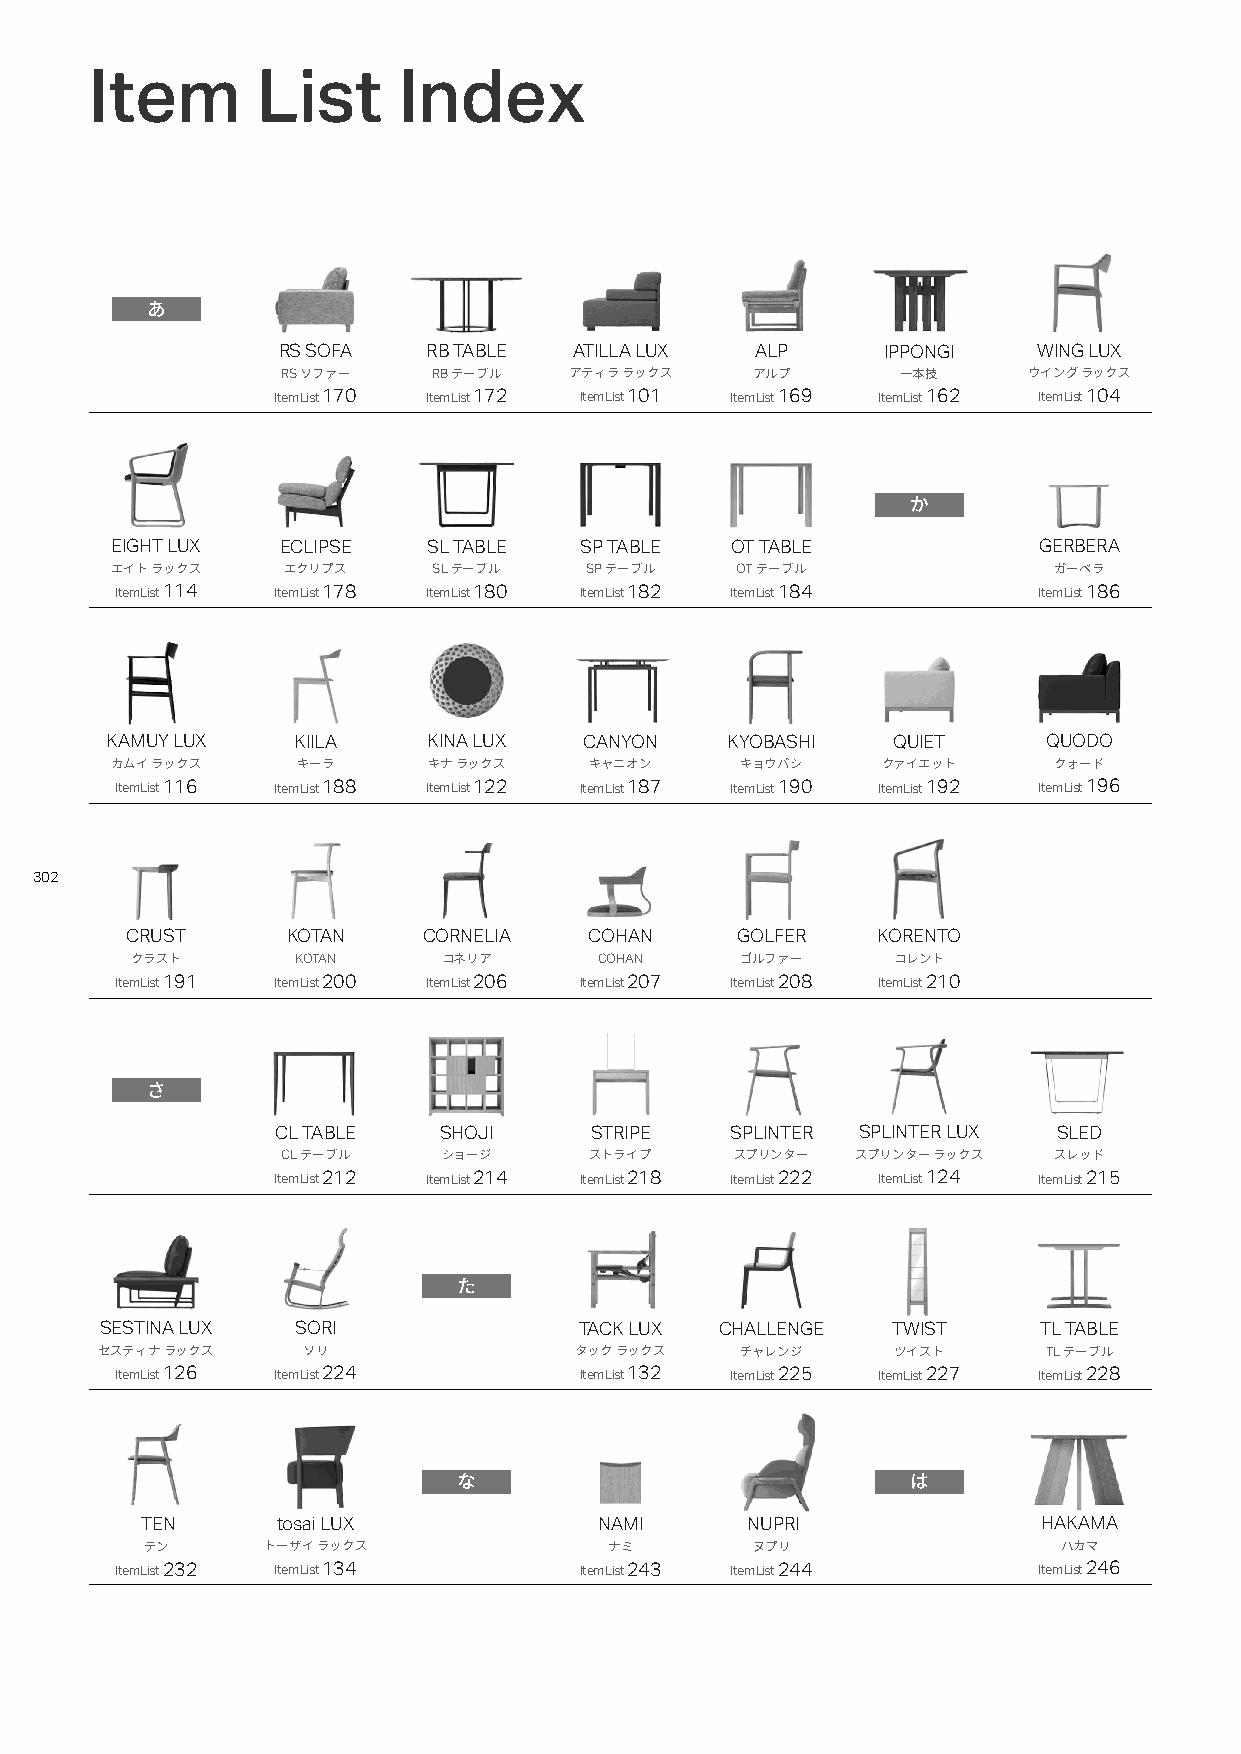
Item       List     Index
 あ
 RS SOFA   RB TABLE  ATILLA LUX  ALP     IPPONGI    WING LUX
 RS ソファー   RB テーブル  アティラ ラックス   アルプ       一本技     ウイング ラックス
 ItemList 170 ItemList 172 ItemList 101 ItemList 169 ItemList 162 ItemList 104
 か
 EIGHT LUX  ECLIPSE   SL TABLE  SP TABLE  OT TABLE             GERBERA
 エイト ラックス    エクリプス     SL テーブル   SP テーブル   OT テーブル              ガーベラ
 ItemList 114 ItemList 178 ItemList 180 ItemList 182 ItemList 184 ItemList 186
 KAMUY LUX   KIILA    KINA LUX   CANYON   KYOBASHI   QUIET     QUODO
 カムイ ラックス     キーラ     キナ ラックス    キャニオン     キョウバシ    クァイエット      クォード
 ItemList 116 ItemList 188 ItemList 122 ItemList 187 ItemList 190 ItemList 192 ItemList 196
 302
 CRUST      KOTAN    CORNELIA   COHAN     GOLFER   KORENTO
 クラスト       KOTAN    コネリア       COHAN    ゴルファー     コレント
 ItemList 191 ItemList 200 ItemList 206 ItemList 207 ItemList 208 ItemList 210
 さ
 CL TABLE   SHOJI     STRIPE   SPLINTER SPLINTER LUX SLED
 CL テーブル   ショージ      ストライプ     スプリンター  スプリンター ラックス  スレッド
 ItemList 212 ItemList 214 ItemList 218 ItemList 222 ItemList 124 ItemList 215
 た
 SESTINA LUX  SORI              TACK LUX  CHALLENGE  TWIST     TL TABLE
 セスティナ ラックス   ソリ                タック ラックス   チャレンジ     ツイスト      TL テーブル
 ItemList 126 ItemList 224     ItemList 132 ItemList 225 ItemList 227 ItemList 228
 な                             は
 TEN      tosai LUX             NAMI     NUPRI               HAKAMA
 テン     トーザイ ラックス              ナミ        ヌプリ                 ハカマ
 ItemList 232 ItemList 134     ItemList 243 ItemList 244      ItemList 246